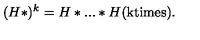
( H * ) ^ { k } = H * . . . * H ( \mathrm { k t i m e s } ) .